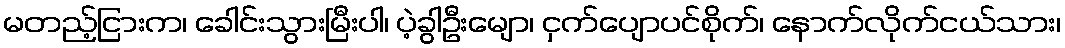
မတည့်ငြားက၊ ခေါင်းသွားမြီးပါ၊ ပဲ့ခွါဦးမျော၊ ငှက်ပျောပင်စိုက်၊ နောက်လိုက်ငယ်သား၊